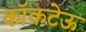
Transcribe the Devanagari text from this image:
कॉकटेऊ